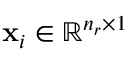
\mathbf { x } _ { i } \in \mathbb { R } ^ { n _ { r } \times 1 }